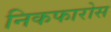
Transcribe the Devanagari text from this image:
निकफारोस